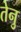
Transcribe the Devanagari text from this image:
तेनु